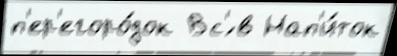
п'ер'егоро́док Вс'́ в Нап'и́ток